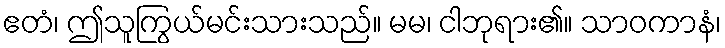
ဧတံ၊ ဤသူကြွယ်မင်းသားသည်။ မမ၊ ငါဘုရား၏။ သာဝကာနံ၊